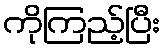
ကိုကြည့်ပြီး